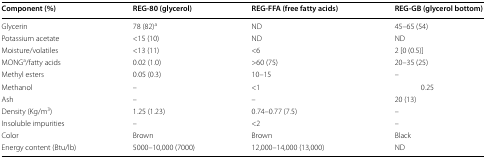
<table><thead><tr><td><b>Component (%)</b></td><td><b>REG-80 (glycerol)</b></td><td><b>REG-FFA (free fatty acids)</b></td><td><b>REG-GB (glycerol bottom)</b></td></tr></thead><tbody><tr><td>Glycerin</td><td>78 (82)<sup>a</sup></td><td>ND</td><td>45–65 (54)</td></tr><tr><td>Potassium acetate</td><td>&lt;15 (10)</td><td>ND</td><td>ND</td></tr><tr><td>Moisture/volatiles</td><td>&lt;13 (11)</td><td>&lt;6</td><td>2 [0 (0.5)]</td></tr><tr><td>MONG<sup>a</sup>/fatty acids</td><td>0.02 (1.0)</td><td>&gt;60 (75)</td><td>20–35 (25)</td></tr><tr><td>Methyl esters</td><td>0.05 (0.3)</td><td>10–15</td><td>–</td></tr><tr><td>Methanol</td><td>–</td><td>&lt;1</td><td>0.25</td></tr><tr><td>Ash</td><td>–</td><td>–</td><td>20 (13)</td></tr><tr><td>Density (Kg/m<sup>3</sup>)</td><td>1.25 (1.23)</td><td>0.74–0.77 (7.5)</td><td>–</td></tr><tr><td>Insoluble impurities</td><td>–</td><td>&lt;2</td><td>–</td></tr><tr><td>Color</td><td>Brown</td><td>Brown</td><td>Black</td></tr><tr><td>Energy content (Btu/lb)</td><td>5000–10,000 (7000)</td><td>12,000–14,000 (13,000)</td><td>ND</td></tr></tbody></table>